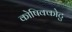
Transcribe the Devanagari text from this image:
कोषिक्कोटु